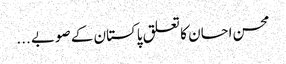
محسن احسان کا تعلق پاکستان کے صوبے ...